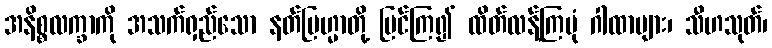
အနိစ္စလက္ခာကို အသက်ရှည်သော နတ်ဗြဟ္မာတို့ မြင်ကြ၍ ထိတ်လန့်ကြပုံ ဂါထာများ၊ သီဟသုတ်၊